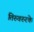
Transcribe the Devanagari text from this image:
तिरुवरुरके